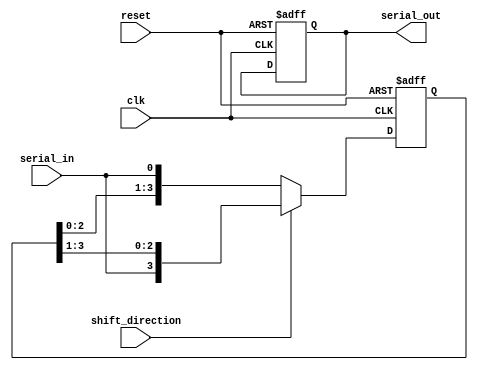
module siso_shift_register(
    input wire clk,            // Clock signal
    input wire reset,          // Reset signal
    input wire shift_direction, // Shift direction (0 - left, 1 - right)
    input wire serial_in,      // Serial input data
    output reg serial_out       // Serial output data
);

parameter num_ff = 4;         // Number of flip-flops in the chain
reg [num_ff-1:0] reg_data;    // Data stored in the flip-flops

// Shift register logic
always @(posedge clk or posedge reset) begin
    if (reset) begin
        reg_data <= 0;
        serial_out <= 1'b0;
    end else begin
        if (shift_direction) begin  // Right shift
            reg_data <= {serial_in, reg_data[num_ff-1:1]};
        end else begin              // Left shift
            reg_data <= {reg_data[num_ff-2:0], serial_in};
        end
    end
end

// Output the data from the last flip-flop
assign serial_out = reg_data[num_ff-1];

endmodule